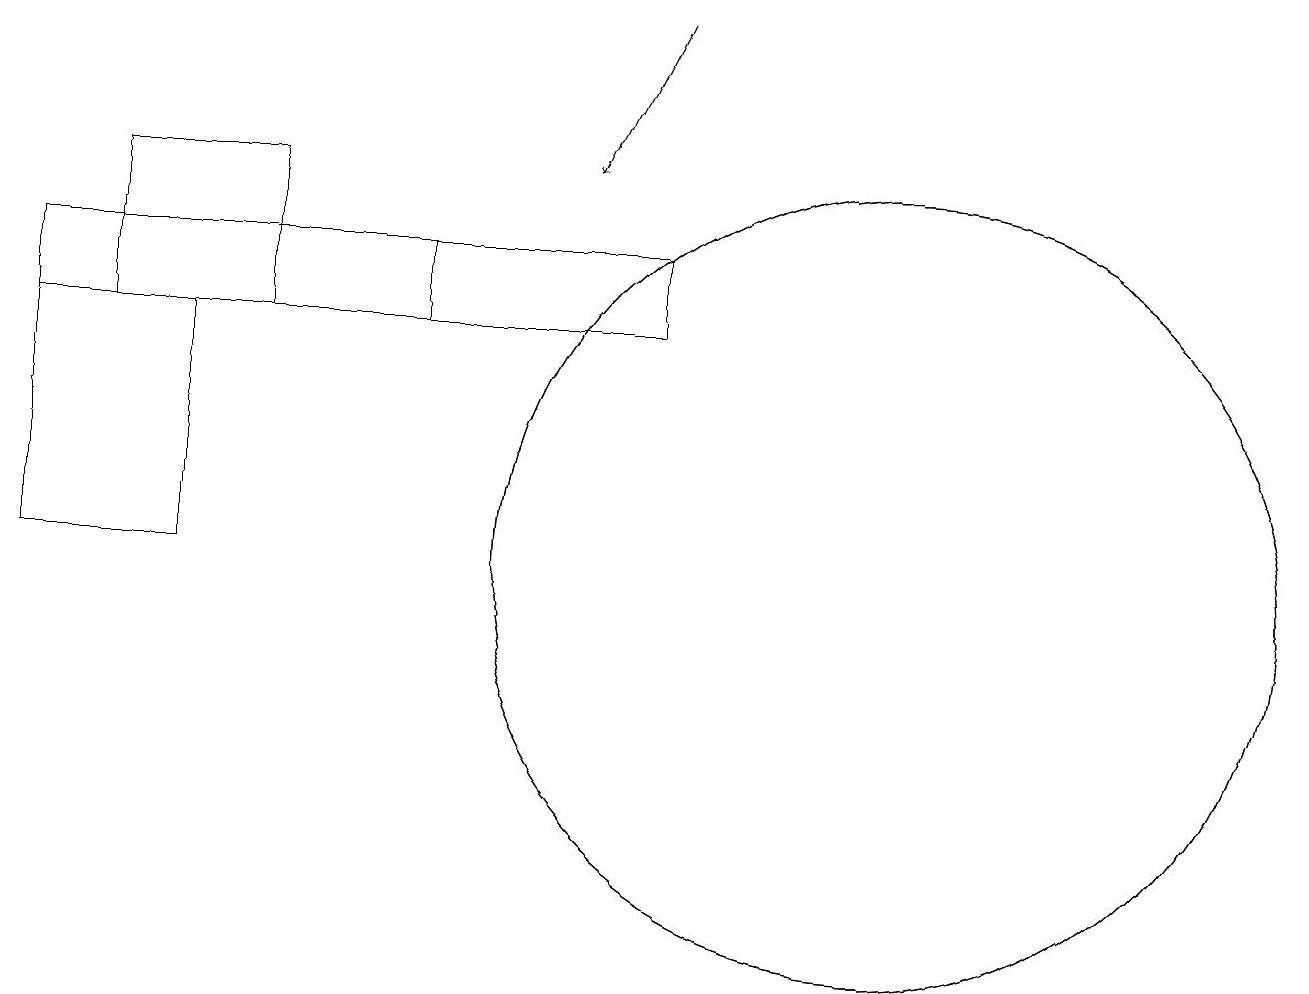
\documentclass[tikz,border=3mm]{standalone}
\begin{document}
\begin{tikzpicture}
\draw (12,10) circle (5);
\draw (12,10) circle (5);
\draw (3,13) rectangle (1,10);
\draw[->] (9,17) -- (8,15);
\draw (6,13) rectangle (9,14);
\draw (6,13) rectangle (1,14);
\draw (2,13) rectangle (4,15);
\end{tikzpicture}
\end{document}